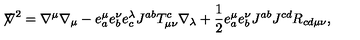
{ \not \! \nabla } ^ { 2 } = \nabla ^ { \mu } \nabla _ { \mu } - e _ { a } ^ { \mu } e _ { b } ^ { \nu } e _ { c } ^ { \lambda } J ^ { a b } T _ { \mu \nu } ^ { c } \nabla _ { \lambda } + \frac { 1 } { 2 } e _ { a } ^ { \mu } e _ { b } ^ { \nu } J ^ { a b } J ^ { c d } R _ { c d \mu \nu } ,